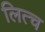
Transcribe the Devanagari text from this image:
लित्च